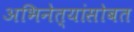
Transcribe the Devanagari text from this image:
अभिनेत्यांसोबत